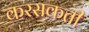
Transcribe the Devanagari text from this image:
करसकती